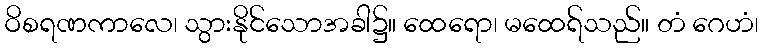
ဝိစရဏကာလေ၊ သွားနိုင်သောအခါ၌။ ထေရော၊ မထေရ်သည်။ တံ ဂေဟံ၊